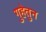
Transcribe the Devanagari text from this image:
गुहेतुन